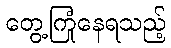
တွေ့ကြုံနေရသည့်